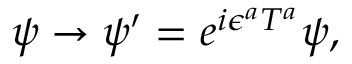
\psi \rightarrow \psi ^ { \prime } = e ^ { i \epsilon ^ { a } T ^ { a } } \psi ,